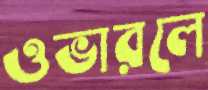
ওভারলে